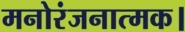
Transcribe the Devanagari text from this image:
मनोरंजनात्मक।